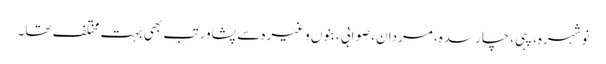
نوشہرہ، پبی،چارسدہ، مردان،صوابی ،بنوں وغیرہ سے پشاور تب بھی بہت مختلف تھا۔